Cholera in India, 1862 to 1881
Year: 1862
Disease focus: Cholera
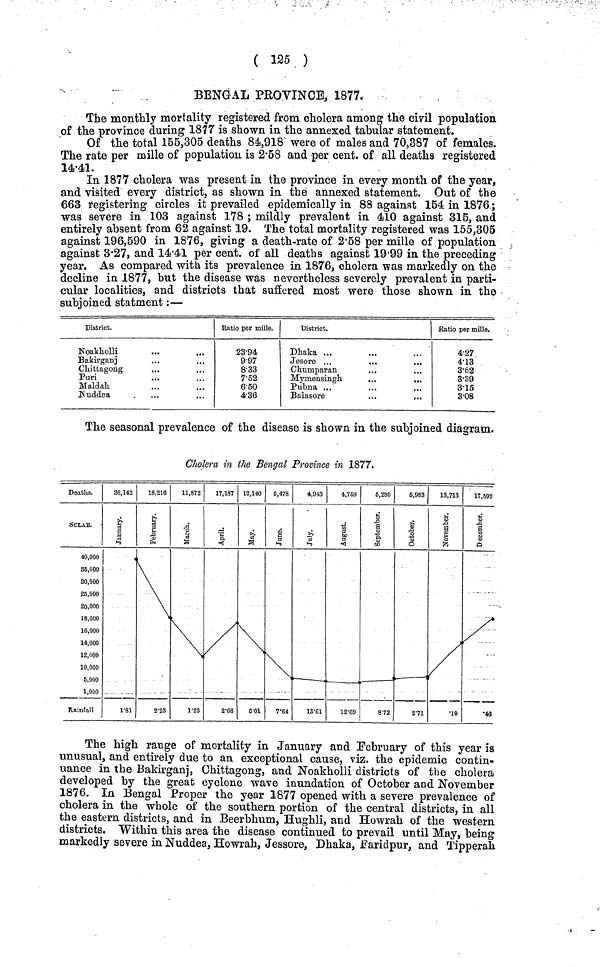
( 125 )
BENGAL PROVINCE, 1877.
The monthly mortality registered from cholera among the civil population
of the province during 1877 is shown in the annexed tabular statement.
Of the total 155,305 deaths 84,918 were of males and 70,387 of females.
The rate per mille of population is 2·58 and per cent. of all deaths registered
14·41.
In 1877 cholera was present in the province in every month of the year,
and visited every district, as shown in the annexed statement. Out of the
663 registering circles it prevailed epidemically in 88 against 154 in 1876;
was severe in 103 against 178 ; mildly prevalent in 410 against 315, and
entirely absent from 62 against 19. The total mortality registered was 155,305
against 196,590 in 1876, giving a death-rate of 2·58 per mille of population
against 3·27, and 14·41 per cent. of all deaths against 19·99 in the preceding
year. As compared with its prevalence in 1876, cholera was markedly on the
decline in 1877, but the disease was nevertheless severely prevalent in parti-
cular localities, and districts that suffered most were those shown in the
subjoined statment:—
District.
Noakholli
Bakirganj
Chittagong
Puri
Maldah
Nuddea
Ratio per mille.
23·94
9·97
8·33
7·52
6·50
4·36
District.
Dhaka ...
Jesore ...
Ckumparan
Mymensingh
Pubna ...
Balasore
Ratio per mille.
4·27
4·13
3·62
3·39
3·15
3·08
The seasonal prevalence of the disease is shown in the subjoined diagram.
Cholera in the Bengal Province in 1877.
The high range of mortality in January and February of this year is
unusual, and entirely due to an exceptional cause, viz, the epidemic contin-
uance in the Bakirganj, Chittagong, and Noakholli districts of the cholera
developed by the great cyclone wave inundation of October and November
1876. In Bengal Proper the year 1877 opened with a severe prevalence of
cholera in the whole of the southern portion of the central districts, in all
the eastern districts, and in Beerbhum, Hughli, and Howrah of the western
districts. Within this area the disease continued to prevail until May, being
markedly severe in Nuddea, Howrah, Jessore, Dhaka, faridpur, and Tipperali